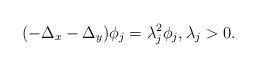
LaTeX: \begin{align*} (-\Delta_x-\Delta_y)\phi_j=\lambda_j^2\phi_j,\lambda_j>0.\end{align*}